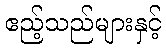
ဧည့်သည်များနှင့်